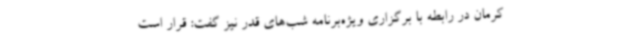
کرمان در رابطه با برگزاری ویژه‌برنامه شب‌های قدر نیز گفت: قرار است